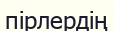
пірлердің